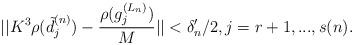
LaTeX: \begin{align*}|| K^3\rho(\tilde{d}_j^{(n)})-\frac{\rho(g_j^{(L_n)})}{M} ||<\delta'_{n}/2, j=r+1,..., s(n).\end{align*}